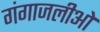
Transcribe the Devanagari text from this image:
गंगाजलीओ